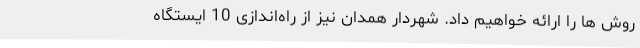
روش ها را ارائه خواهیم داد. شهردار همدان نیز از راه‌اندازی 10 ایستگاه